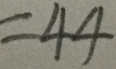
= 4 4